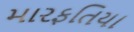
મારફતિયા